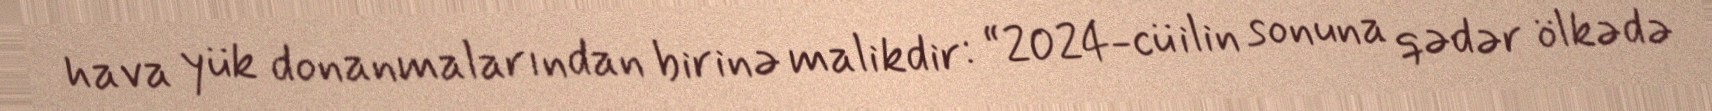
hava yük donanmalarından birinə malikdir: “2024-cü ilin sonuna qədər ölkədə